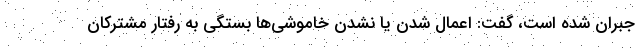
جبران شده است، گفت: اعمال شدن یا نشدن خاموشی‌ها بستگی به رفتار مشترکان